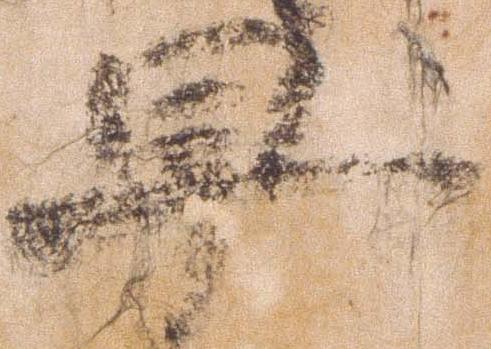
早